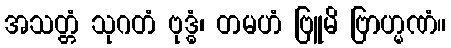
အသတ္တံ သုဂတံ ဗုဒ္ဓံ၊ တမဟံ ဗြူမိ ဗြာဟ္မဏံ။